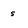
Character: s